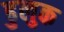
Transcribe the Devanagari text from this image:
ढुलुक